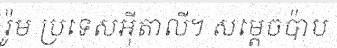
រ៉ូម ប្រទេសអ៊ីតាលី។ សម្តេចប៉ាប